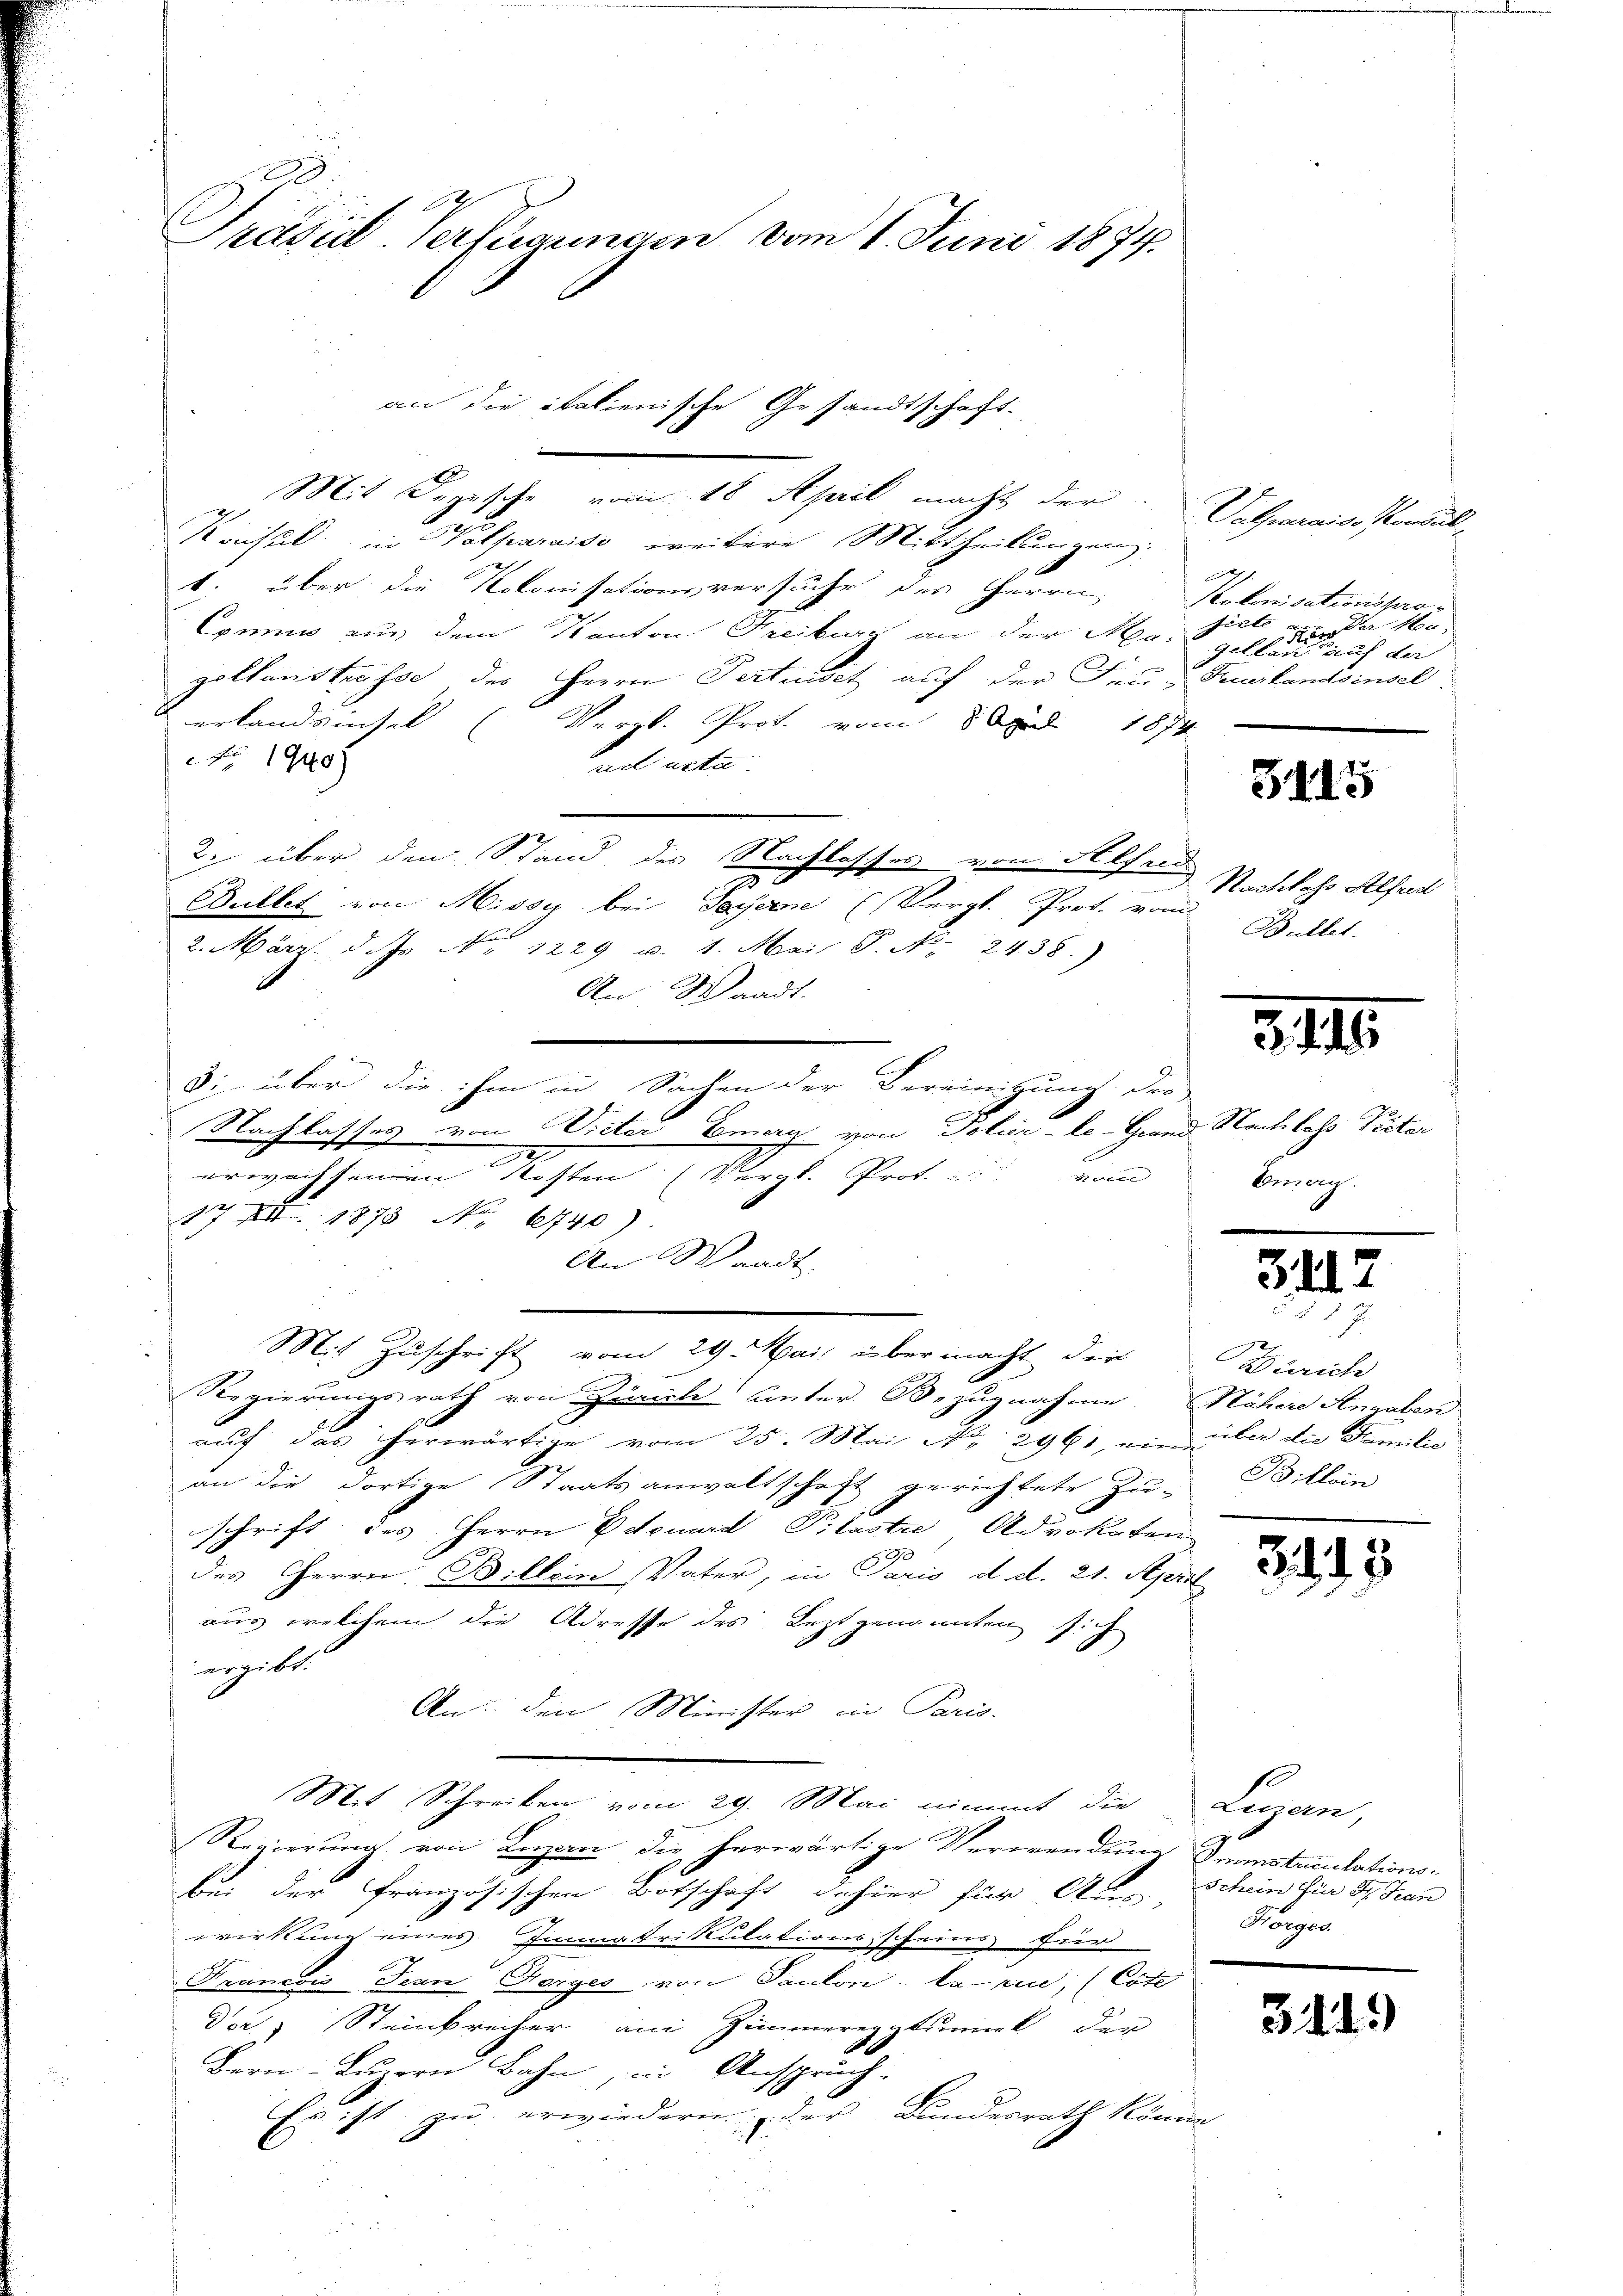
Prädial-Verfügungen vom 1. Juni 1874.

Mit Depesche vom 18 April macht der
Konsul in Valparaiso weitere Mittheilungen:
. über die Notonisationsversuche des Herrn
Commis aus dem Kanton Freiburg an der Man fiele an. Da He
zollenstrasse der Herrn Pertiset auf der Feu- Neuestandsinsel
erlandsinsel (Vergl. Prot. vom 8 April 1874
Nr 1940)
ad acta.
Zi über den Stand des Nachlasser von Alfer
2
2
Bullet von Missy bei Sacherne (Vergl. Prof. vom
2. März d. Js N. 1229 u 1. Mai 7. No. 2438.)
An Waadt.
3: über die ihm in Sachen der Bereinigung der
Nachlasses von Wieter Emern von Toler-le-Grand Nachlass Pector
.
erwaltenen Kosten (Vergl. Prot. : : vom
17 XI. 1873 No. 6740)
An Waadt.
Mit Zŭschrift vom 29. Mai über macht die
Regierungsrath von Zürich unter Bezugnahme. Nähere Angaben
auf das herwärtige vom 25. Mai. No. 2961, ein über die Familie
an die dortige Staatsanwaltschaft gerichtete Zu-
schrift des Herrn Eduard Pilaste Advokaten
des Herrn. Billein Vater, in Paris d. d. 21. April
aus welchem die Adresse des Leztgenannten sich
vergibt.
An: den Minister in Paris.
Mit Schreiben vom 29. Mai nimmt die
Regierung von Luzan die herwärtige Verwendung Imstriculationsbei der französischen Botschaft dahier für An- Schein für dr. Fran
wirkung eines Immatrikulationsscheins für
Krancois-Jean Horges von Paulon - Cazin, (Cote
da Steinkrecher am Zimmereyptsk der
Bern Luzern Bahn, in Anspruch-
11 zu erwiedern der Bundesrath könne
22
2

an die italienische Gesandtschaft.

Valmaraiss Konsult
Kakonisationsprogelben den auch der

3415

Nachkahs Alfred
Bullet.

3.III.

birerg.

3112

Zürich
Billein

33

Luzan,
Forges.

3419